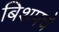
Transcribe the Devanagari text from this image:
बिशपचे